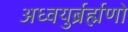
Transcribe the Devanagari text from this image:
अध्वयुर्ब्रर्ह्मणो